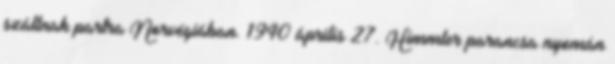
szállnak partra Norvégiában. 1940 április 27. Himmler parancsa nyomán